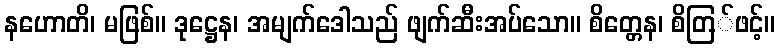
နဟောတိ၊ မဖြစ်။ ဒုဋ္ဌေန၊ အမျက်ဒေါသည် ဖျက်ဆီးအပ်သော။ စိတ္တေန၊ စိတြ်ဖင့်။